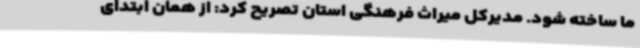
ما ساخته شود. مدیرکل میراث فرهنگی استان تصریح کرد: از همان ابتدای